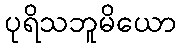
ပုရိသဘူမိယော